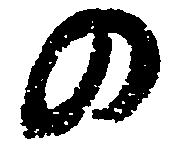
の